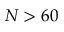
N > 6 0